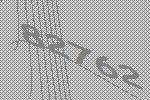
82762